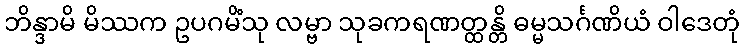
ဘိန္ဒာမိ မိဿက ဥပဂမိံသု လမ္ဗာ သုခကရဏတ္ထန္တိ ဓမ္မသင်္ဂဏိယံ ဝါဒေတုံ